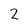
Character: 2